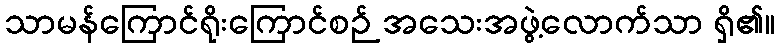
သာမန်ကြောင်ရိုးကြောင်စဉ် အသေးအဖွဲ့လောက်သာ ရှိ၏။